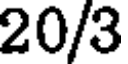
20/3